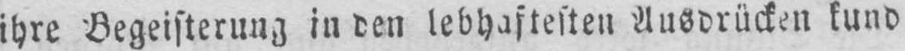
ihre Begeisterung in den lebhaftesten Ausdrücken kund